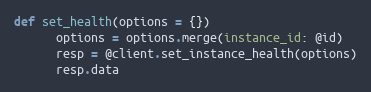
Language: Ruby
def set_health(options = {})
      options = options.merge(instance_id: @id)
      resp = @client.set_instance_health(options)
      resp.data